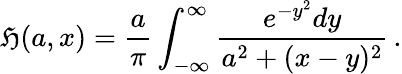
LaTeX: \mathfrak{H}(a,x)=\frac{{a}}{{\pi}}\int_{-\infty}^{\infty}\frac{{e^{-y^{2}}dy}}{{a^{2}+(x-y)^{2}}}\, .